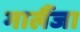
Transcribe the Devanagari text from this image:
गालैंजा